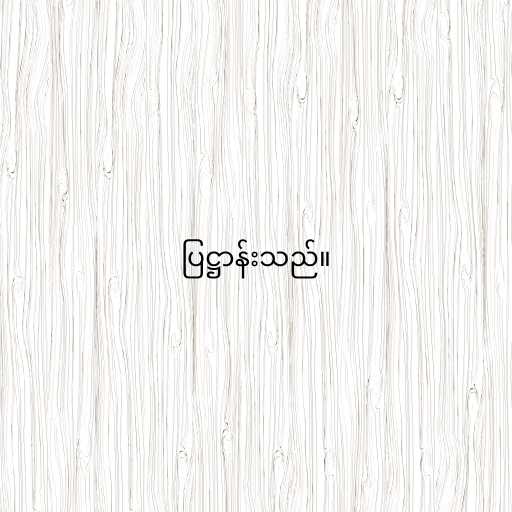
ပြဋ္ဌာန်းသည်။